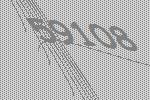
59108